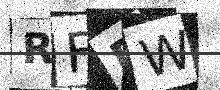
Text: RFDW